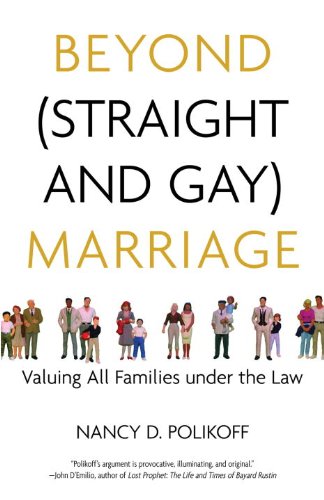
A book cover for Beyond (Straight and Gay) Marriage: Valuing All Families under the Law (Queer Ideas/Queer Action); Nancy D. Polikoff; Law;